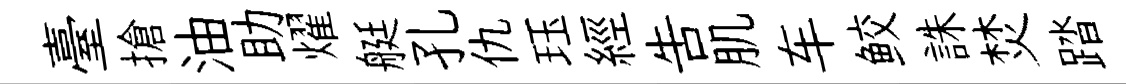
臺搶油助燿艇孔仇珏經吿肌车鲛誅焚踏